Annual report on the lock hospitals of the Madras Presidency
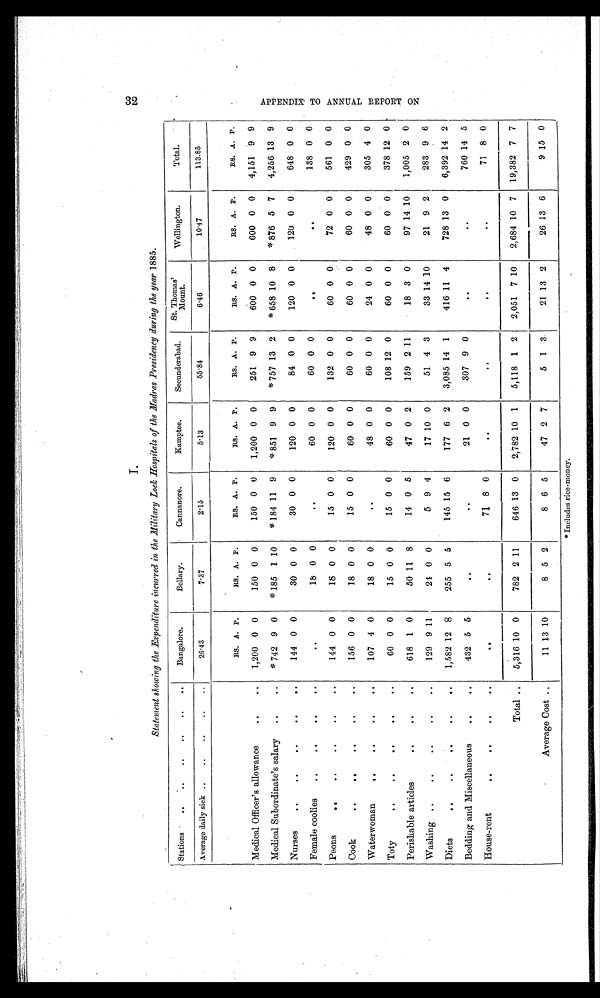
Statement showing the Expenditure incurred in the Military Lock Hospitals of the Madras Presidency during the year 1885.
Stations .. .. .. .. .. .. ..
Bangalore.
Bellary.
Cannanore.
Kamptee.
Secunderabad.
St. Thomas'
Mount.
Wellington.
Total.
Average daily sick ..
..
..
..
..
26.43
7.37
2.15
5.13
55.84
6.46
10.47
113.85
Medical Officer's allowance
..
..
RS. A. P.
RS. A. P.
RS. A. P.
RS. A. P.
RS. A. P.
RS. A. P.
RS. A. P.
RS. A. P.
1,200 0 0
150 0 0
150 0 0
1,200 0 0
251 9 9
600 0 0
600 0 0
4,151 9 9
Medical Subordinate's salary
..
..
* 742 9 0
* 185 1 10
* 184 11 9
* 851
9 9
* 757 13 2
* 658 10 8
* 876 5 7
4,256 13 9
Nurses
..
..
..
..
1 4 4 0 0
30 0 0
30 0 0
120 0 0
84 0 0
120 0 0
120 0 0
648 0 0
Female coolies
..
..
..
..
. .
18 0 0
. .
60 0 0
60 0 0
. .
..
138 0 0
Peons
144 0 0
18 0 0
15 0 0
120 0 0
132 0 0
60 0 0
72 0 0
561 0 0
Cook
156 0 0
18 0 0
15 0 0
60 0 0
60 0 0
60 0 0
60 0 0
429 0 0
Waterwoman
..
..
..
..
107 4 0
18 0 0
..
48 0 0
60 0 0
24 0 0
48 0 0
305 4 0
Toty
..
..
..
.. ..
60 0 0
15 0 0
15 0 0
60 0 0
108 12 0
60 0 0
60 0 0
378 12 0
Perishable articles
..
..
..
618 1 0
50 11 8
14 0 5
47 0 2
159 2 11
18 3 0
97 14 10
1,005 2 0
Washing ..
..
..
..
..
129 9 11
24 0 0
5
9 4
17 10 0
51
4 3
33 14 10
21
9 2
283 9
6
Diets
..
..
..
..
..
1,582 12 8
255 5 5
145 15 6
177 6 2
3,085 14 1
416 11 4
728 13 0
6,392 14 2
Bedding and Miscellaneous
..
..
432 5 5
. .
. .
21 0 0
307 9 0
..
. .
760 14 5
House-rent
.. ..
..
..
..
..
71 8 0
. .
. .
. .
. .
71 8 0
Total..
5,316 10 0
782 2 11
646 13 0
2,782 10 1
5,118 1 2
2,051 7 10
2,684 10 7
19,382 7 7
Average Cost ..
11 13 10
8 5 2
8 6 5
47 2 7
5 1 3
21 13 2
26 13 6
9 15
*Includes rice-money.
32
A P P E N D I X T O A N N U A L R E P O R T O N .